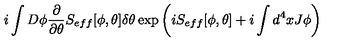
i \int D \phi \frac { \partial } { \partial \theta } S _ { e f f } [ \phi , \theta ] \delta \theta \exp \left( i S _ { e f f } [ \phi , \theta ] + i \int d ^ { 4 } x J \phi \right)